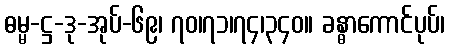
ဓမ္မ-ဋ္ဌ-ဒု-အုပ်-၆၉၊ ၇၀၊၇၁၊၇၄၊၃၄၀။ ခန္ဓာကောင်ပုပ်၊